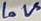
Text: LoV